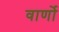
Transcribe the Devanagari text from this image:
वार्णो